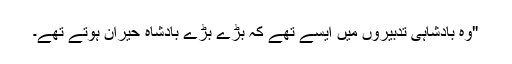
"وہ بادشاہی تدبیروں میں ایسے تھے کہ بڑے بڑے بادشاہ حیران ہوتے تھے۔